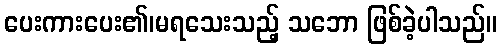
ပေးကားပေး၏၊မရသေးသည့် သဘော ဖြစ်ခဲ့ပါသည်။